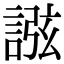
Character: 誸